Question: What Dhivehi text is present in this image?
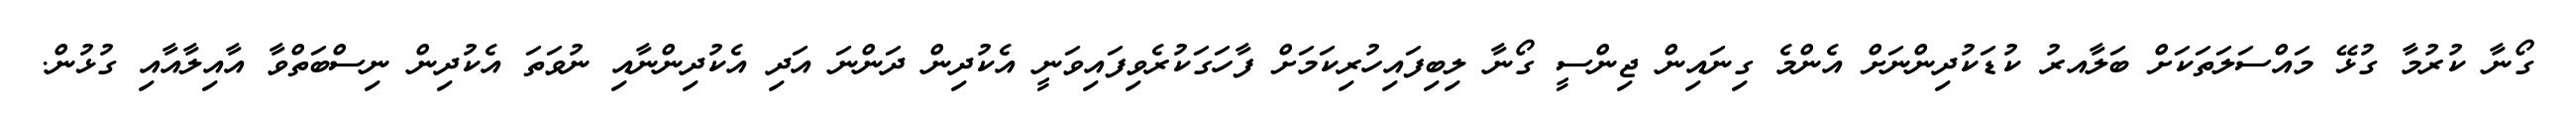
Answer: ގޯނާ ކުރުމާ ގުޅޭ މައްސަލަތަކަށް ބަލާއރު ކުޑަކުދިންނަށް އެންމެ ގިނައިން ޖިންސީ ގޯނާ ލިބިފައިހުރިކަމަށް ފާހަގަކުރެވިފައިވަނީ އެކުދިން ދަންނަ އަދި އެކުދިންނާއި ނުވަތަ އެކުދިން ނިސްބަތްވާ އާއިލާއާއި ގުޅުން.